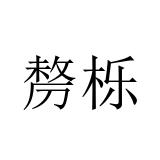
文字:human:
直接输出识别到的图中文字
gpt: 剺栎